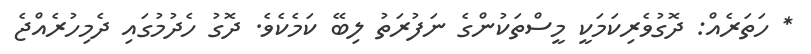
* ހަތަރެއް: ދޮގުވެރިކަމަކީ މީސްތަކުންގެ ނަފުރަތު ލިބޭ ކަމެކެވެ. ދޮގު ހެދުމުގައި ދެމިހުރެއްޖެ